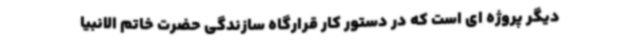
دیگر پروژه ای است که در دستور کار قرارگاه سازندگی حضرت خاتم الانبیا